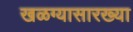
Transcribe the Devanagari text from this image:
खळग्यासारख्या